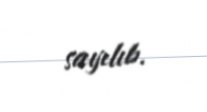
sayılıb.